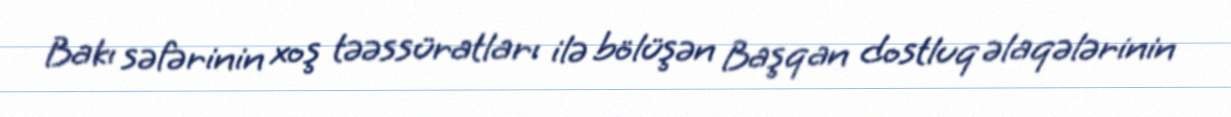
Bakı səfərinin xoş təəssüratları ilə bölüşən Başqan dostluq əlaqələrinin